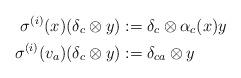
LaTeX: \begin{align*}\sigma^{(i)}(x)(\delta_{c} \otimes y)&:=\delta_{c} \otimes \alpha_{c}(x)y \\\sigma^{(i)}(v_{a})(\delta_{c} \otimes y)&:=\delta_{ca} \otimes y \end{align*}